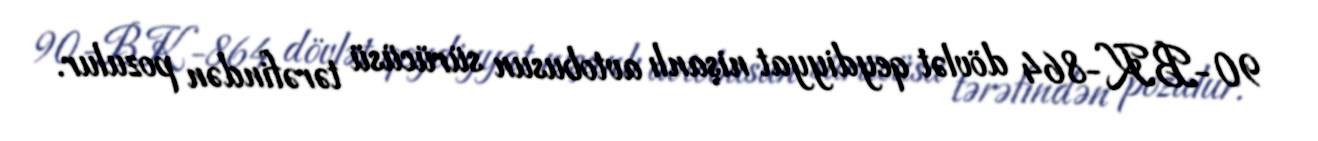
90-BK-864 dövlət qeydiyyat nişanlı avtobusun sürücüsü tərəfindən pozulur.